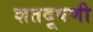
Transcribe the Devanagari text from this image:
शतदूषणी